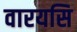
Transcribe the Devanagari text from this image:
वारयसि